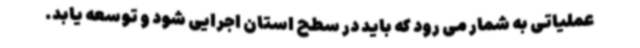
عملیاتی به شمار می رود که باید در سطح استان اجرایی شود و توسعه یابد.